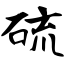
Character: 硫